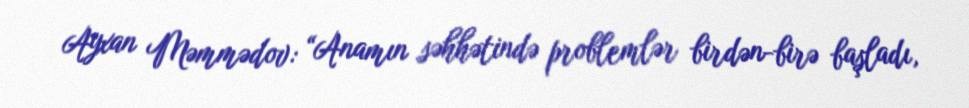
Ayxan Məmmədov: “Anamın səhhətində problemlər birdən-birə başladı,